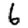
Digit: 6